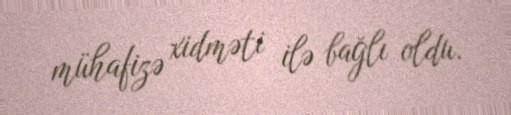
mühafizə xidməti ilə bağlı oldu.